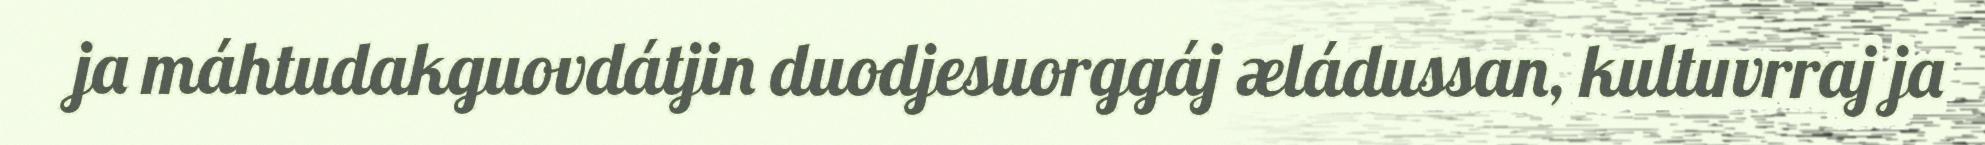
ja máhtudakguovdátjin duodjesuorggáj æládussan, kultuvrraj ja